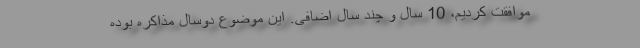
موافقت کردیم، 10 سال و چند سال اضافی. این موضوع دوسال مذاکره بوده